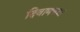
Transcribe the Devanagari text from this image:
दिवाणच्या